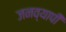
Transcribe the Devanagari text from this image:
जनव्यापी